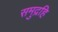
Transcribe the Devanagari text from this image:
समुद्रहि